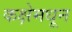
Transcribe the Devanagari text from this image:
कक्षेमधून